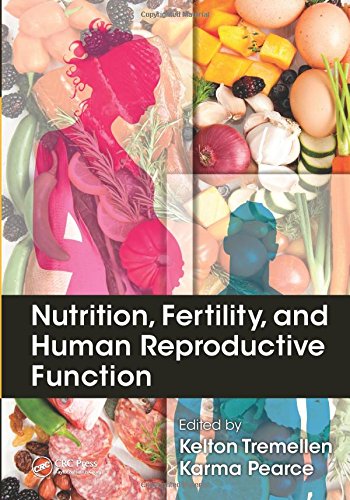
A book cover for Nutrition, Fertility, and Human Reproductive Function; Parenting & Relationships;